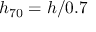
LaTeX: h _ { 7 0 } = h / 0 . 7